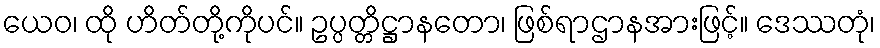
ယေဝ၊ ထို ဟိတ်တို့ကိုပင်။ ဥပ္ပတ္တိဋ္ဌာနတော၊ ဖြစ်ရာဌာနအားဖြင့်။ ဒေဿတုံ၊